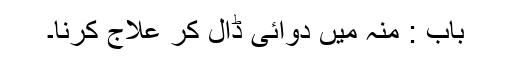
باب : منہ میں دوائی ڈال کر علاج کرنا۔